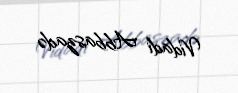
Vidadi Abbaszadə